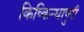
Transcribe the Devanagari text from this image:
किष्किन्धापुरी